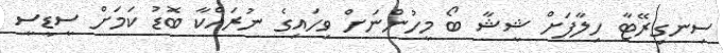
ސިނގިރޭޓާ ހިލާފަށް ޝީޝާ ބޯ މީހުންނަށް ވިހައިގެ ނުރައްކާ ބޮޑު ކަމަށް ސީޑީސީ